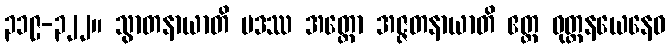
၃၁၉-၃၂၂။ သွာတနာယာတိ ပဒဿ အတ္ထော အဇ္ဇတနာယာတိ ဧတ္ထ ဝုတ္တနယေနေဝ